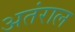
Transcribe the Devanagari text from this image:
अतंराल